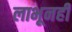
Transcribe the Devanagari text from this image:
लाभूनही